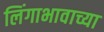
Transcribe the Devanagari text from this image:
लिंगाभावाच्या